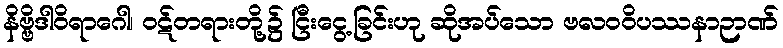
နိဗ္ဗိဒါဝိရာဂေါ၊ ဝဋ်တရားတို့၌ ငြီးငွေ့ခြင်းဟု ဆိုအပ်သော ဗလဝဝိပဿနာဉာဏ်